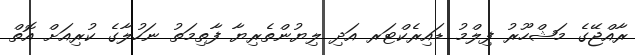
ރާއްޖޭގެ މަޝްހޫރު ފިލްމު ޑައިރެކްޓަރ އަދި ލިޔުންތެރިޔާ ފާތިމަތު ނަހުލާގެ ކުރިއަށް އޮތް